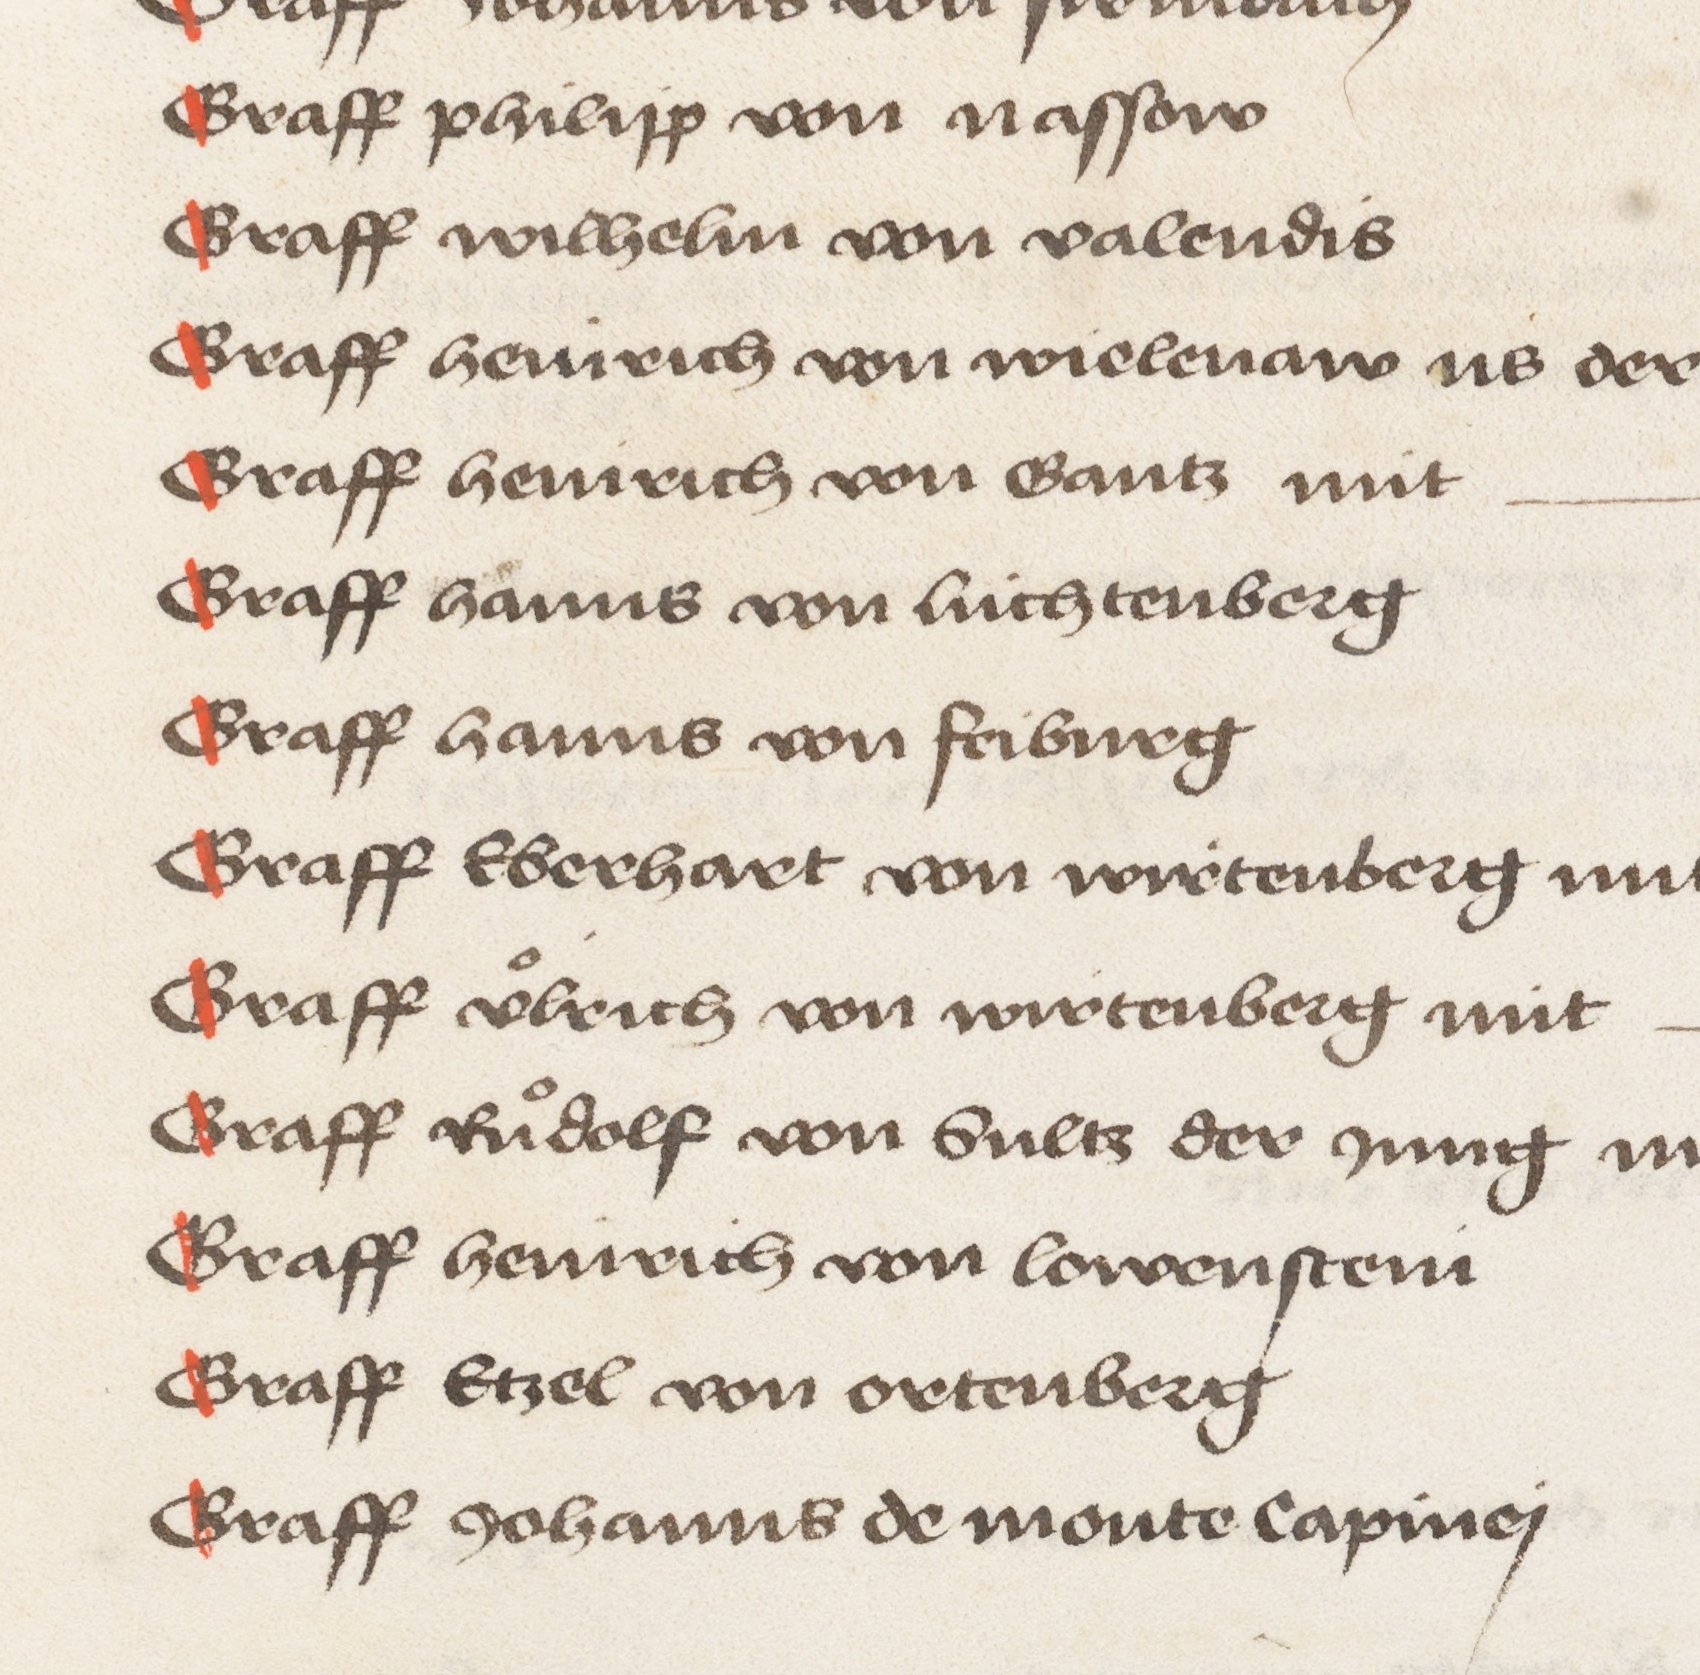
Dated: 1478–1483